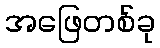
အဖြေတစ်ခု